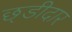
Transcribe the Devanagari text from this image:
छ्डीदार